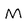
Character: M